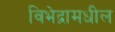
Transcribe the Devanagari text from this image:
विभेद्नामधील